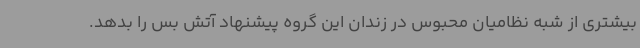
بیشتری از شبه نظامیان محبوس در زندان این گروه پیشنهاد آتش بس را بدهد.